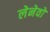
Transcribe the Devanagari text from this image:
लेनेवो